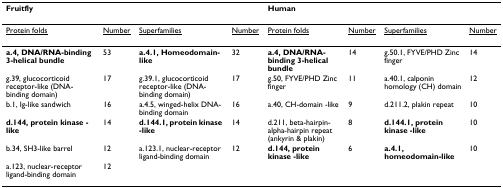
| <COLSPAN=4> Fruitfly | <COLSPAN=4> Human |
 | --- | --- | --- | --- | --- | --- | --- | --- |
 | <underline>Protein folds</underline> | <underline>Number</underline> | <underline>Superfamilies</underline> | <underline>Number</underline> | <underline>Protein folds</underline> | <underline>Number</underline> | <underline>Superfamilies</underline> | <underline>Number</underline> |
 | a.4, DNA/RNA-binding 3-helical bundle | 53 | a.4.1, Homeodomain-like | 32 | a.4, DNA/RNA-binding 3-helical bundle | 14 | g.50.1, FYVE/PHD Zinc finger | 14 |
 | g.39, glucocorticoid receptor-like (DNA-binding domain) | 17 | g.39.1, glucocorticoid receptor-like (DNA-binding domain) | 17 | g.50, FYVE/PHD Zinc finger | 11 | a.40.1, calponin homology (CH) domain | 12 |
 | b.1, Ig-like sandwich | 16 | a.4.5, winged-helix DNA-binding domain | 16 | a.40, CH-domain -like | 9 | d.211.2, plakin repeat | 10 |
 | d.144, protein kinase -like | 14 | d.144.1, protein kinase -like | 14 | d.211, beta-hairpin-alpha-hairpin repeat (ankyrin & plakin) | 8 | d.144.1, protein kinase -like | 10 |
 | b.34, SH3-like barrel | 12 | a.123.1, nuclear-receptor ligand-binding domain | 12 | d.144, protein kinase -like | 6 | a.4.1, homeodomain-like | 10 |
 | a.123, nuclear-receptor ligand-binding domain | 12 |  |  |  |  |  |  |